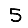
Digit: 5